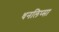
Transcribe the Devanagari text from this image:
धनलिप्सा